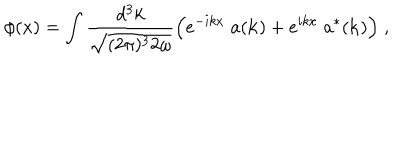
\phi ( x ) = \int { \frac { d ^ { 3 } k } { \sqrt { ( 2 \pi ) ^ { 3 } 2 \omega } } } \Big ( e ^ { - i k x } \; a ( { \bf k } ) + e ^ { i k x } \; a ^ { * } ( { \bf k } ) \Big ) \; ,